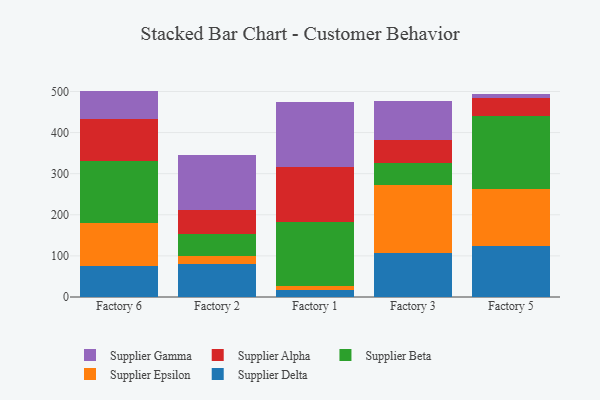
{"axis": {"x": "Factory", "y": "Net Income (USD K)"}, "legend": ["Supplier Alpha", "Supplier Beta", "Supplier Delta", "Supplier Epsilon", "Supplier Gamma"], "data": [{"x": "Factory 6", "y": 75.2, "type": "Supplier Delta"}, {"x": "Factory 6", "y": 103.9, "type": "Supplier Epsilon"}, {"x": "Factory 6", "y": 151.7, "type": "Supplier Beta"}, {"x": "Factory 6", "y": 102.5, "type": "Supplier Alpha"}, {"x": "Factory 6", "y": 68.2, "type": "Supplier Gamma"}, {"x": "Factory 2", "y": 81.5, "type": "Supplier Delta"}, {"x": "Factory 2", "y": 18.5, "type": "Supplier Epsilon"}, {"x": "Factory 2", "y": 53.6, "type": "Supplier Beta"}, {"x": "Factory 2", "y": 58.2, "type": "Supplier Alpha"}, {"x": "Factory 2", "y": 132.8, "type": "Supplier Gamma"}, {"x": "Factory 1", "y": 16.0, "type": "Supplier Delta"}, {"x": "Factory 1", "y": 9.7, "type": "Supplier Epsilon"}, {"x": "Factory 1", "y": 156.6, "type": "Supplier Beta"}, {"x": "Factory 1", "y": 135.0, "type": "Supplier Alpha"}, {"x": "Factory 1", "y": 156.4, "type": "Supplier Gamma"}, {"x": "Factory 3", "y": 106.3, "type": "Supplier Delta"}, {"x": "Factory 3", "y": 165.2, "type": "Supplier Epsilon"}, {"x": "Factory 3", "y": 55.1, "type": "Supplier Beta"}, {"x": "Factory 3", "y": 55.2, "type": "Supplier Alpha"}, {"x": "Factory 3", "y": 96.2, "type": "Supplier Gamma"}, {"x": "Factory 5", "y": 122.9, "type": "Supplier Delta"}, {"x": "Factory 5", "y": 138.7, "type": "Supplier Epsilon"}, {"x": "Factory 5", "y": 179.8, "type": "Supplier Beta"}, {"x": "Factory 5", "y": 43.9, "type": "Supplier Alpha"}, {"x": "Factory 5", "y": 9.3, "type": "Supplier Gamma"}]}